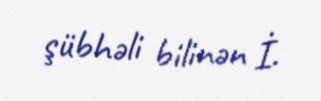
şübhəli bilinən İ.